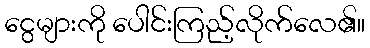
ငွေများကို ပေါင်းကြည့်လိုက်လေ၏။